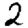
Digit: 2